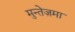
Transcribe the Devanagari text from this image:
मुन्तेज़मा